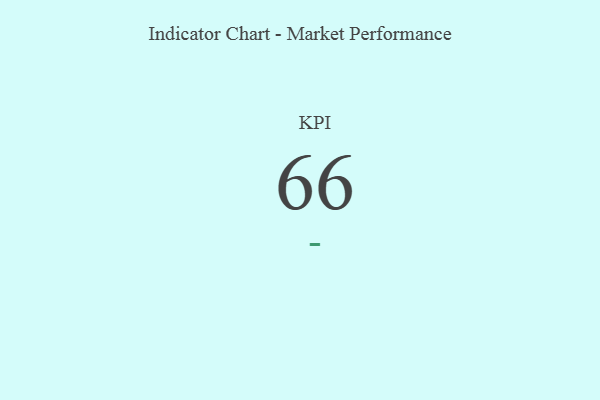
{"axis": {"x": "KPI", "y": "Value"}, "legend": [""], "data": [{"x": "KPI", "y": 66, "type": ""}]}